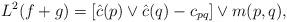
LaTeX: \begin{gather*}L^2(f+g)=[\hat c(p)\vee \hat c(q)-c_{pq}]\vee m(p,q),\end{gather*}